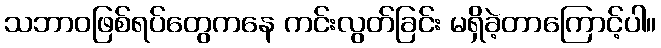
သဘာဝဖြစ်ရပ်တွေကနေ ကင်းလွတ်ခြင်း မရှိခဲ့တာကြောင့်ပါ။